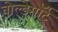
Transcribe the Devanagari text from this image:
वोल्डेमॉर्ट्